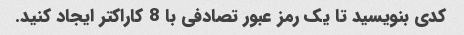
کدی بنویسید تا یک رمز عبور تصادفی با 8 کاراکتر ایجاد کنید.